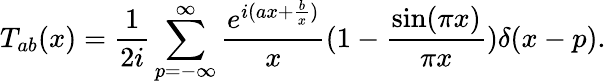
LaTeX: T_{ab}(x)={\frac{1}{2i}}\sum_{p=-\infty}^{\infty}{\frac{e^{i(ax+{\frac{b}{x}})}}{x}}(1-{\frac{\sin(\pi x)}{\pi x}})\delta(x-p).